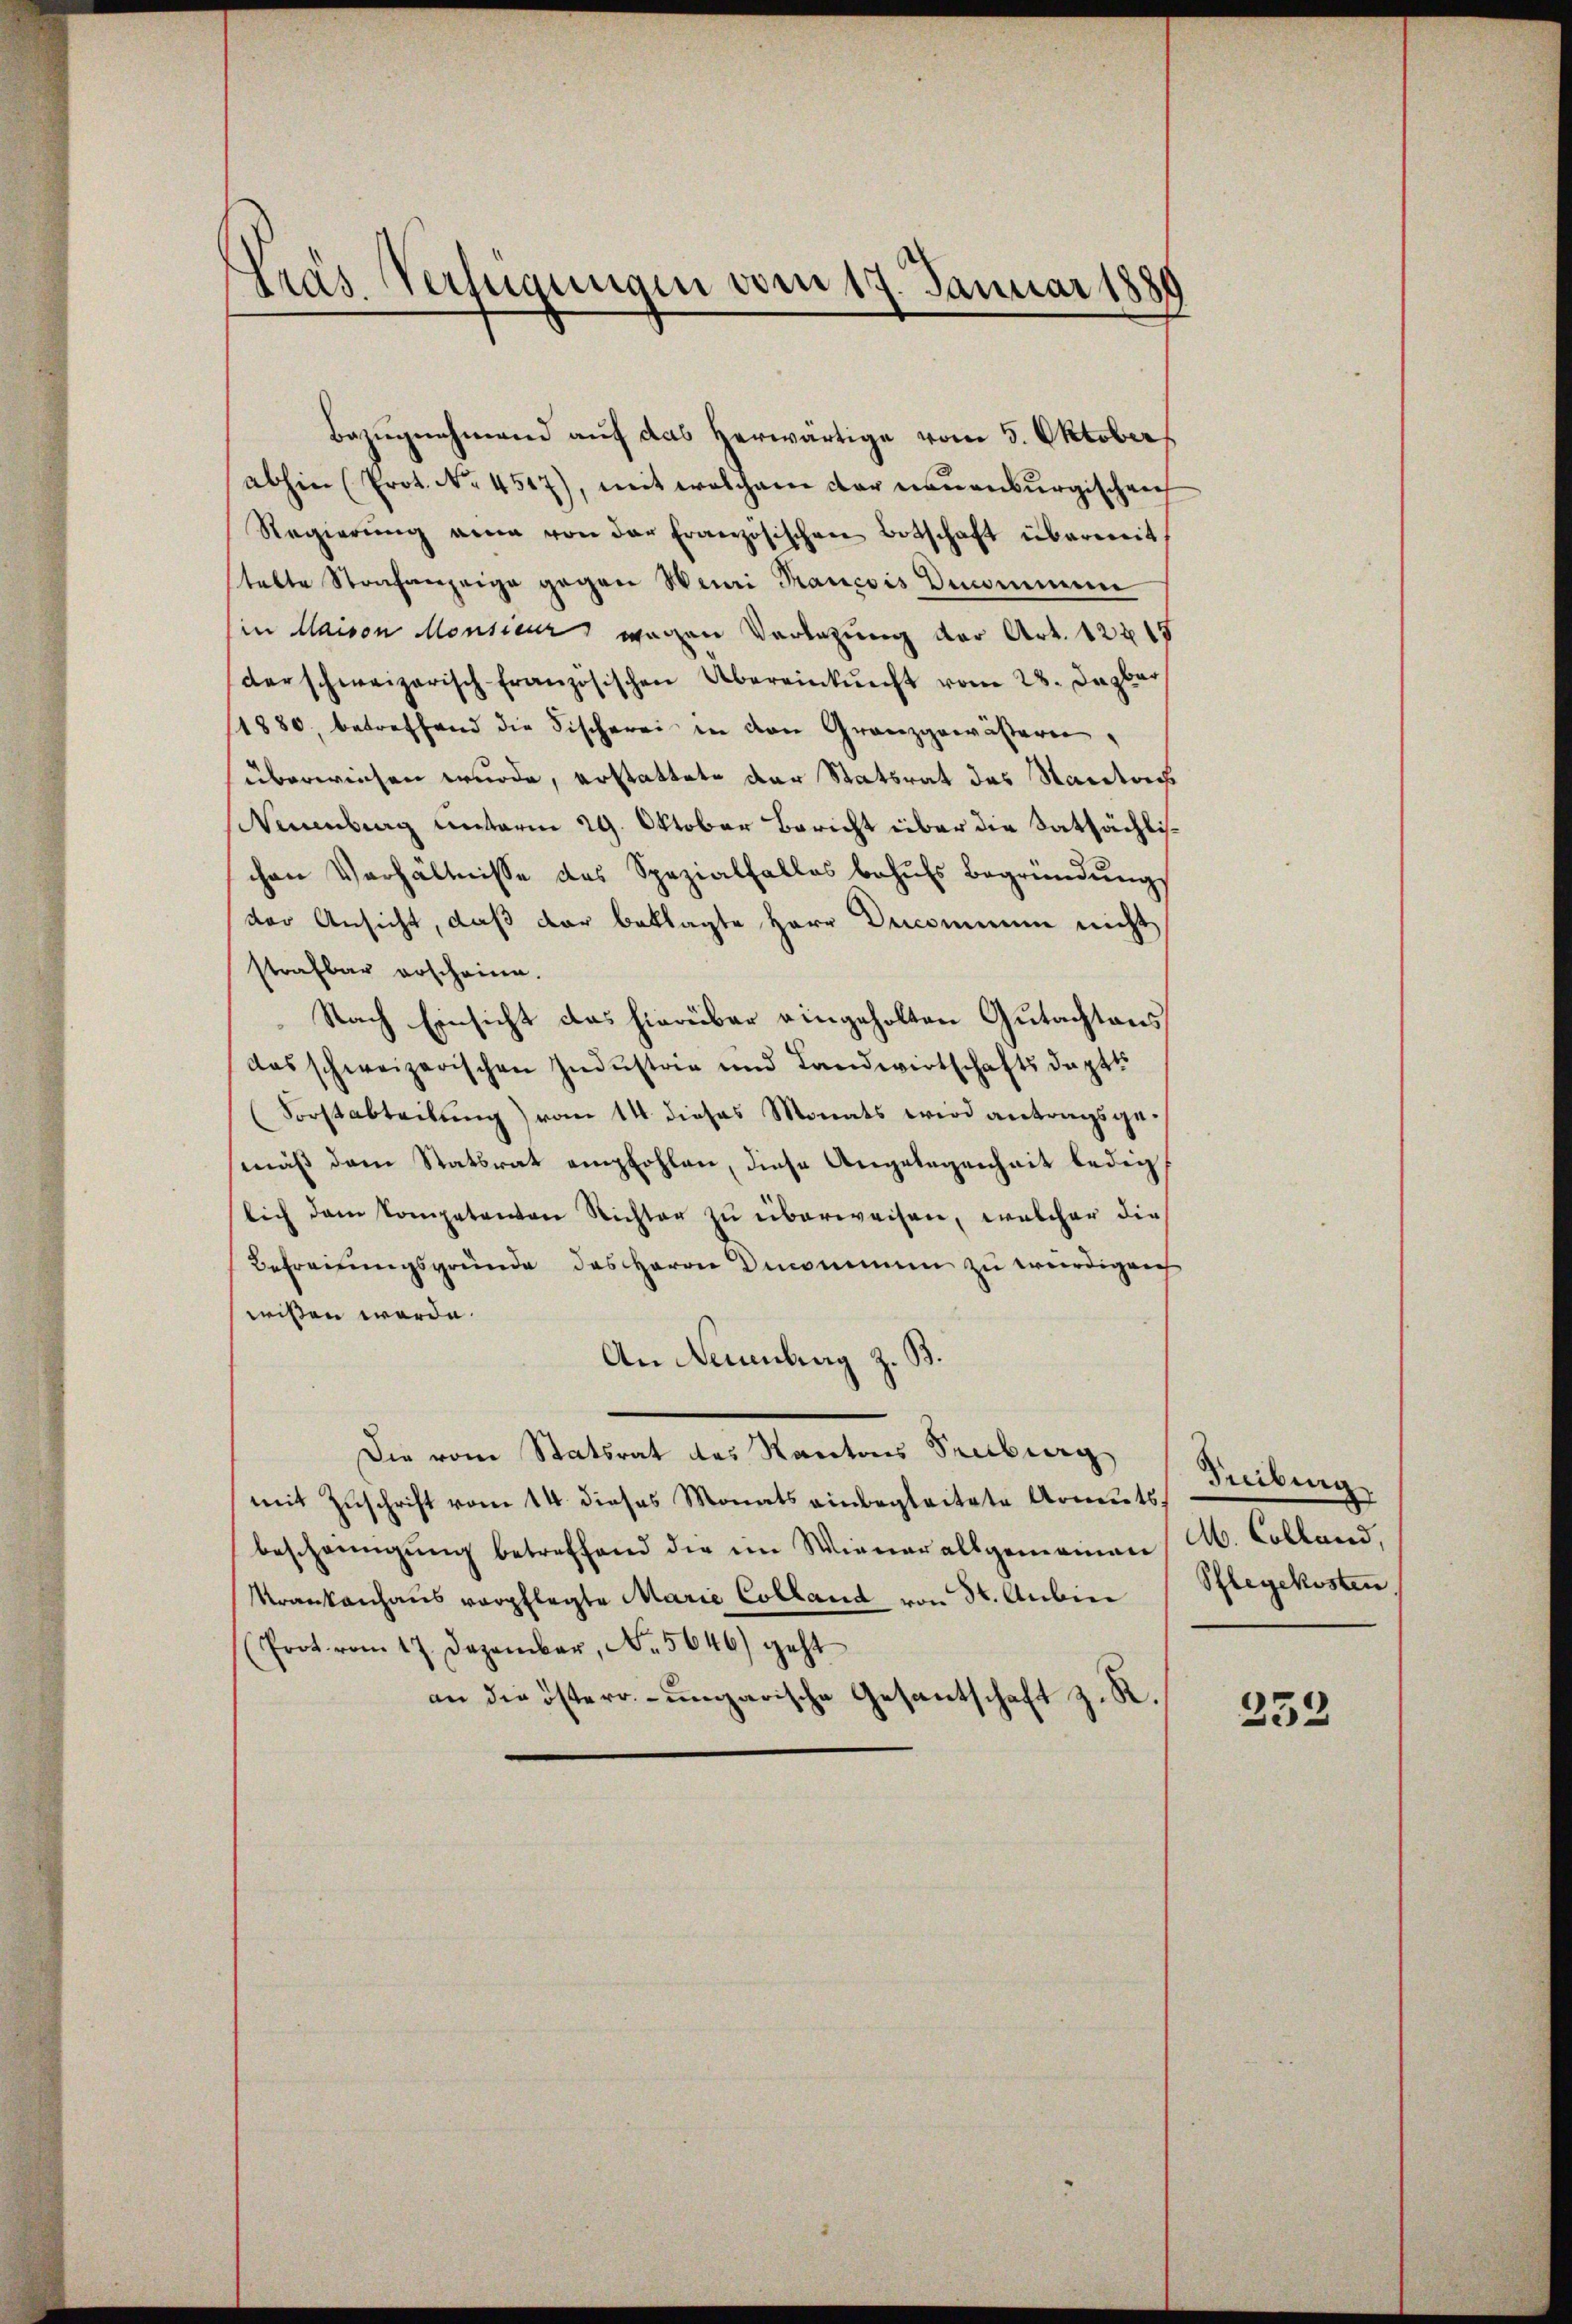
.
präs. Verfügungen vom 17. Januar 1880

Bezŭgnehmend auf das herwärtige vom 5. Oktober
abhin (Prot. No. 4517), mit welchem der neuenburgischen
Regierŭng ein von der französischen Botschaft übermit
tette Strafanzeige gegen Wini Prancois Denommen
(in Maison Monsiner wegen Vorlegung der Art. 12215
derschweizerisch französischen Übereinkunft vom 28. Jenbar
1880, betreffend die Fischerei in den Granzgewässern,
überwiesen wurde, erstattete der Statsrat des Kantons
Neuenburg unterm 29. Oktober Bericht über die Satsächlichen Verhältnisse des Spezialfalles behŭfs Begründŭng
der Ansicht, daß der beklagte Herr Decominum nicht
strafbar erscheine.
Nach Einsicht das hierüber eingeholten Gutachtens
das schweizerischen Industrie und Landwirtschaftsdepts
Forstabteilung) vom 14. dieses Monats wird antragsgemäß dem Statsrat empfohlen, diese Angelegenheit lediglich dem Competenton Richter zu überweisen, welcher die
Befreitungsgründe des Herrn Denommen zu würdigen
wissen werde.
An Neuenburg z. B.
Die vom Statsrat des Kantons Senburg
mit Zuschrift vom 14. dieses Monats einbegleitete Armuts,
bescheinigung betreffend die im Wienerallgemeinen A. Colland,
Krankenhaus verpflegte Marie Colland von St. Anbin
(Prot. vom 17. Dezember, No. 5646) geht
an die österr.-ungarische Gesantschaft z. R.

Treiburg
Pflegekosten

232